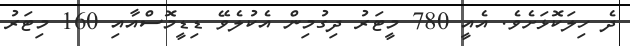
ދެ ހިލަކޮޅަށެވެ. އެއީ 780 މީޓަރު ދިގުމިން އެކުލެވޭ ޑިޑީމޮސްއާއި 160 މިޓަރު